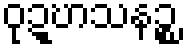
ဝုဍ္ဎာသနဉ္စ